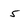
Character: 5